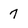
Character: 7